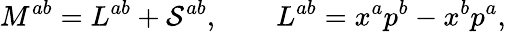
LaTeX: M^{ab}=L^{ab}+{\cal S}^{ab},\qquad L^{ab}=x^{a}p^{b}-x^{b}p^{a},